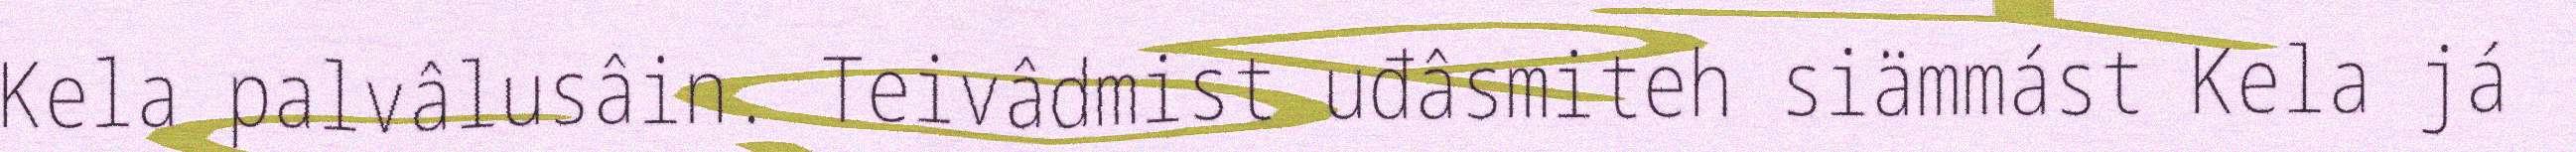
Kela palvâlusâin. Teivâdmist uđâsmiteh siämmást Kela já